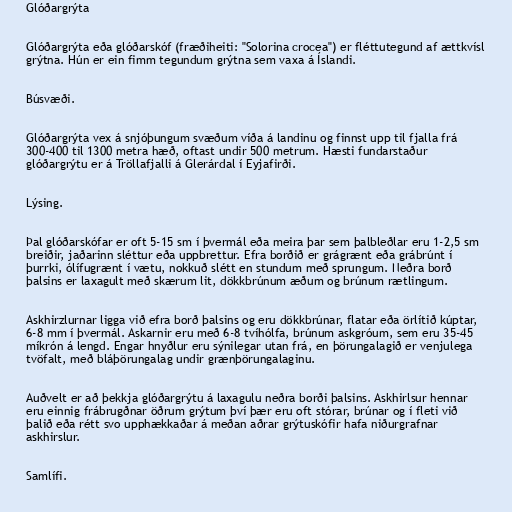
Glóðargrýta

Glóðargrýta eða glóðarskóf (fræðiheiti: "Solorina crocea") er fléttutegund af ættkvísl
grýtna. Hún er ein fimm tegundum grýtna sem vaxa á Íslandi.

Búsvæði.

Glóðargrýta vex á snjóþungum svæðum víða á landinu og finnst upp til fjalla frá
300-400 til 1300 metra hæð, oftast undir 500 metrum. Hæsti fundarstaður
glóðargrýtu er á Tröllafjalli á Glerárdal í Eyjafirði.

Lýsing.

Þal glóðarskófar er oft 5-15 sm í þvermál eða meira þar sem þalbleðlar eru 1-2,5 sm
breiðir, jaðarinn sléttur eða uppbrettur. Efra borðið er grágrænt eða grábrúnt í
þurrki, ólífugrænt í vætu, nokkuð slétt en stundum með sprungum. Neðra borð
þalsins er laxagult með skærum lit, dökkbrúnum æðum og brúnum rætlingum.

Askhirzlurnar ligga við efra borð þalsins og eru dökkbrúnar, flatar eða örlítið kúptar,
6-8 mm í þvermál. Askarnir eru með 6-8 tvíhólfa, brúnum askgróum, sem eru 35-45
míkrón á lengd. Engar hnyðlur eru sýnilegar utan frá, en þörungalagið er venjulega
tvöfalt, með bláþörungalag undir grænþörungalaginu.

Auðvelt er að þekkja glóðargrýtu á laxagulu neðra borði þalsins. Askhirlsur hennar
eru einnig frábrugðnar öðrum grýtum því þær eru oft stórar, brúnar og í fleti við
þalið eða rétt svo upphækkaðar á meðan aðrar grýtuskófir hafa niðurgrafnar
askhirslur.

Samlífi.